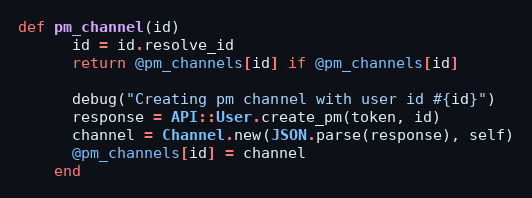
Language: Ruby
def pm_channel(id)
      id = id.resolve_id
      return @pm_channels[id] if @pm_channels[id]

      debug("Creating pm channel with user id #{id}")
      response = API::User.create_pm(token, id)
      channel = Channel.new(JSON.parse(response), self)
      @pm_channels[id] = channel
    end